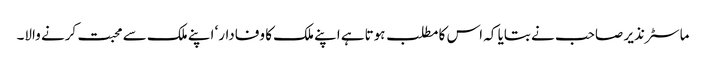
ماسٹر نذیر صاحب نے بتایا کہ اس کا مطلب ہوتاہے اپنے ملک کا وفادار‘ اپنے ملک سے محبت کرنے والا۔